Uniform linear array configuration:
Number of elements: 32
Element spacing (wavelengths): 0.25
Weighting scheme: binomial
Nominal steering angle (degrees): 0
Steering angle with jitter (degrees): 0.766
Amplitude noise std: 0.05
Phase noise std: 0.05

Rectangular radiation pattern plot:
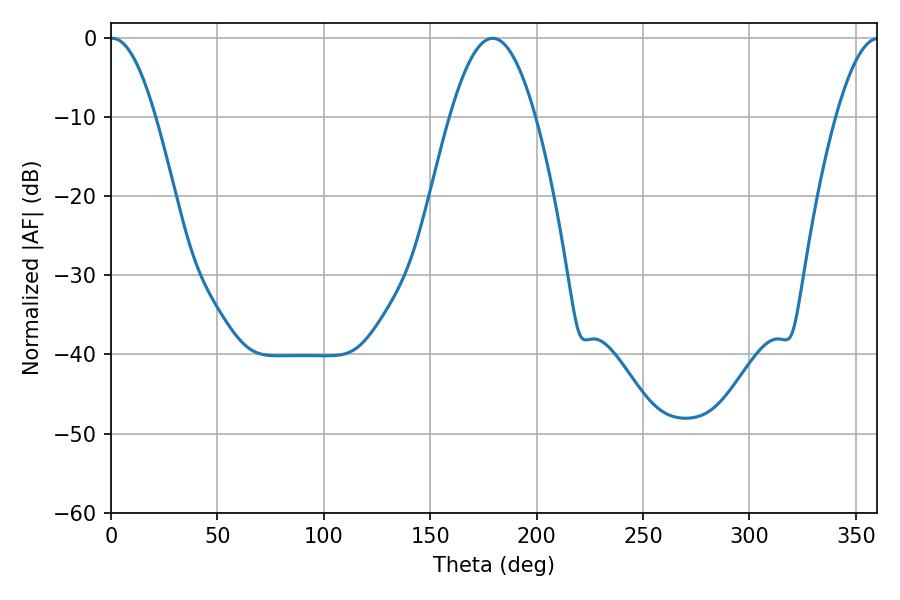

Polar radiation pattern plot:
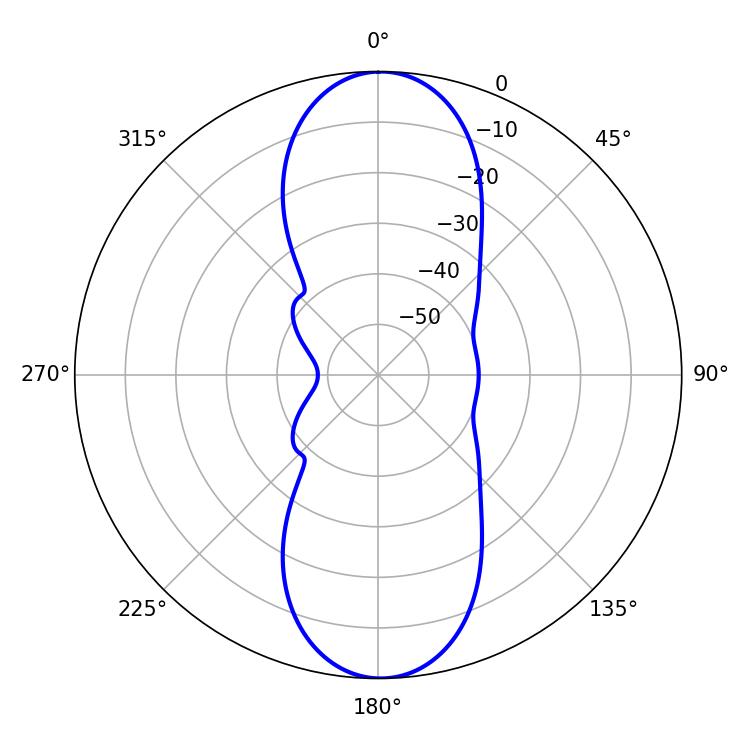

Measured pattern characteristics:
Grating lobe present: FALSE
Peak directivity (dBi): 22.612
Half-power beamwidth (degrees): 11.52
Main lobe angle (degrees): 0.72